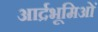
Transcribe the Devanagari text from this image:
आर्द्रभूमिओं